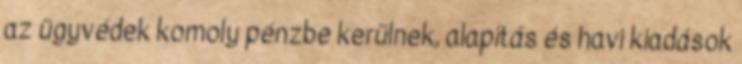
az ügyvédek komoly pénzbe kerülnek, alapítás és havi kiadások